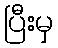
ပြီးမှ